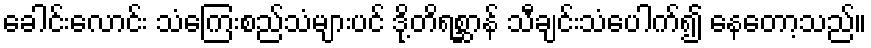
ခေါင်းလောင်း သံကြေးစည်သံများပင် ဒို့တိရစ္ဆာန် သီချင်းသံပေါက်၍ နေတော့သည်။